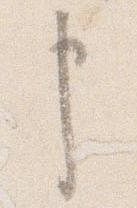
申